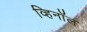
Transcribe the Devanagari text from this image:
व्हिनॉल